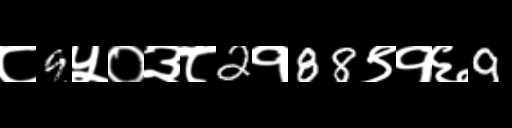
Text: ८9५०३८2१88९१६9